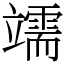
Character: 䇕